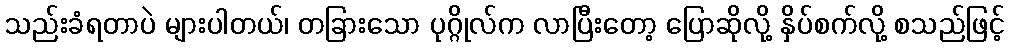
သည်းခံရတာပဲ များပါတယ်၊ တခြားသော ပုဂ္ဂိုလ်က လာပြီးတော့ ပြောဆိုလို့ နှိပ်စက်လို့ စသည်ဖြင့်